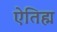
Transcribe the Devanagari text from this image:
ऐतिह्म